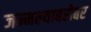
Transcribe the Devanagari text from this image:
जन्मल्याबरोबर